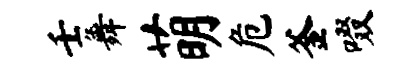
壬舞萌危釜啜